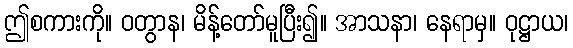
ဤစကားကို။ ဝတွာန၊ မိန့်တော်မူပြီး၍။ အာသနာ၊ နေရာမှ။ ဝုဋ္ဌာယ၊